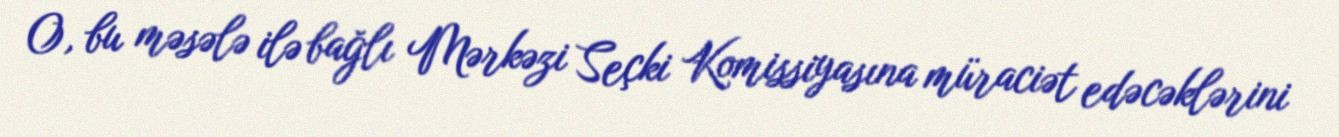
O, bu məsələ ilə bağlı Mərkəzi Seçki Komissiyasına müraciət edəcəklərini